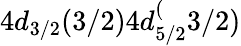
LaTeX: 4d_{3/2}(3/2)4d_{5/2}^{(}3/2)